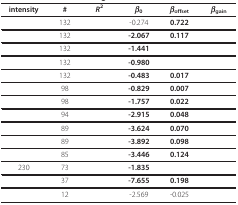
<table><thead><tr><td><b>intensity</b></td><td><b>#</b></td><td><b><i>R</i><sup>2</sup></b></td><td><b><i>β</i><sub>0</sub></b></td><td><b><i>β</i><sub>offset</sub></b></td><td><b><i>β</i><sub>gain</sub></b></td></tr></thead><tbody><tr><td>[EMPTY_CELL]</td><td>132</td><td>[EMPTY_CELL]</td><td>-0.274</td><td><b>0.722</b></td><td>[EMPTY_CELL]</td></tr><tr><td>[EMPTY_CELL]</td><td>132</td><td>[EMPTY_CELL]</td><td><b>-2.067</b></td><td><b>0.117</b></td><td>[EMPTY_CELL]</td></tr><tr><td>[EMPTY_CELL]</td><td>132</td><td>[EMPTY_CELL]</td><td><b>-1.441</b></td><td>[EMPTY_CELL]</td><td>[EMPTY_CELL]</td></tr><tr><td>[EMPTY_CELL]</td><td>132</td><td>[EMPTY_CELL]</td><td><b>-0.980</b></td><td>[EMPTY_CELL]</td><td>[EMPTY_CELL]</td></tr><tr><td>[EMPTY_CELL]</td><td>132</td><td>[EMPTY_CELL]</td><td><b>-0.483</b></td><td><b>0.017</b></td><td>[EMPTY_CELL]</td></tr><tr><td>[EMPTY_CELL]</td><td>98</td><td>[EMPTY_CELL]</td><td><b>-0.829</b></td><td><b>0.007</b></td><td>[EMPTY_CELL]</td></tr><tr><td>[EMPTY_CELL]</td><td>98</td><td>[EMPTY_CELL]</td><td><b>-1.757</b></td><td><b>0.022</b></td><td>[EMPTY_CELL]</td></tr><tr><td>[EMPTY_CELL]</td><td>94</td><td>[EMPTY_CELL]</td><td><b>-2.915</b></td><td><b>0.048</b></td><td>[EMPTY_CELL]</td></tr><tr><td>[EMPTY_CELL]</td><td>89</td><td>[EMPTY_CELL]</td><td><b>-3.624</b></td><td><b>0.070</b></td><td>[EMPTY_CELL]</td></tr><tr><td>[EMPTY_CELL]</td><td>89</td><td>[EMPTY_CELL]</td><td><b>-3.892</b></td><td><b>0.098</b></td><td>[EMPTY_CELL]</td></tr><tr><td>[EMPTY_CELL]</td><td>85</td><td>[EMPTY_CELL]</td><td><b>-3.446</b></td><td><b>0.124</b></td><td>[EMPTY_CELL]</td></tr><tr><td>230</td><td>73</td><td>[EMPTY_CELL]</td><td><b>-1.835</b></td><td>[EMPTY_CELL]</td><td>[EMPTY_CELL]</td></tr><tr><td>[EMPTY_CELL]</td><td>37</td><td>[EMPTY_CELL]</td><td><b>-7.655</b></td><td><b>0.198</b></td><td>[EMPTY_CELL]</td></tr><tr><td>[EMPTY_CELL]</td><td>12</td><td>[EMPTY_CELL]</td><td>-2.569</td><td>-0.025</td><td>[EMPTY_CELL]</td></tr></tbody></table>